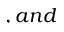
, a n d